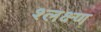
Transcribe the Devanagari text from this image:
श्लक्ष्ण